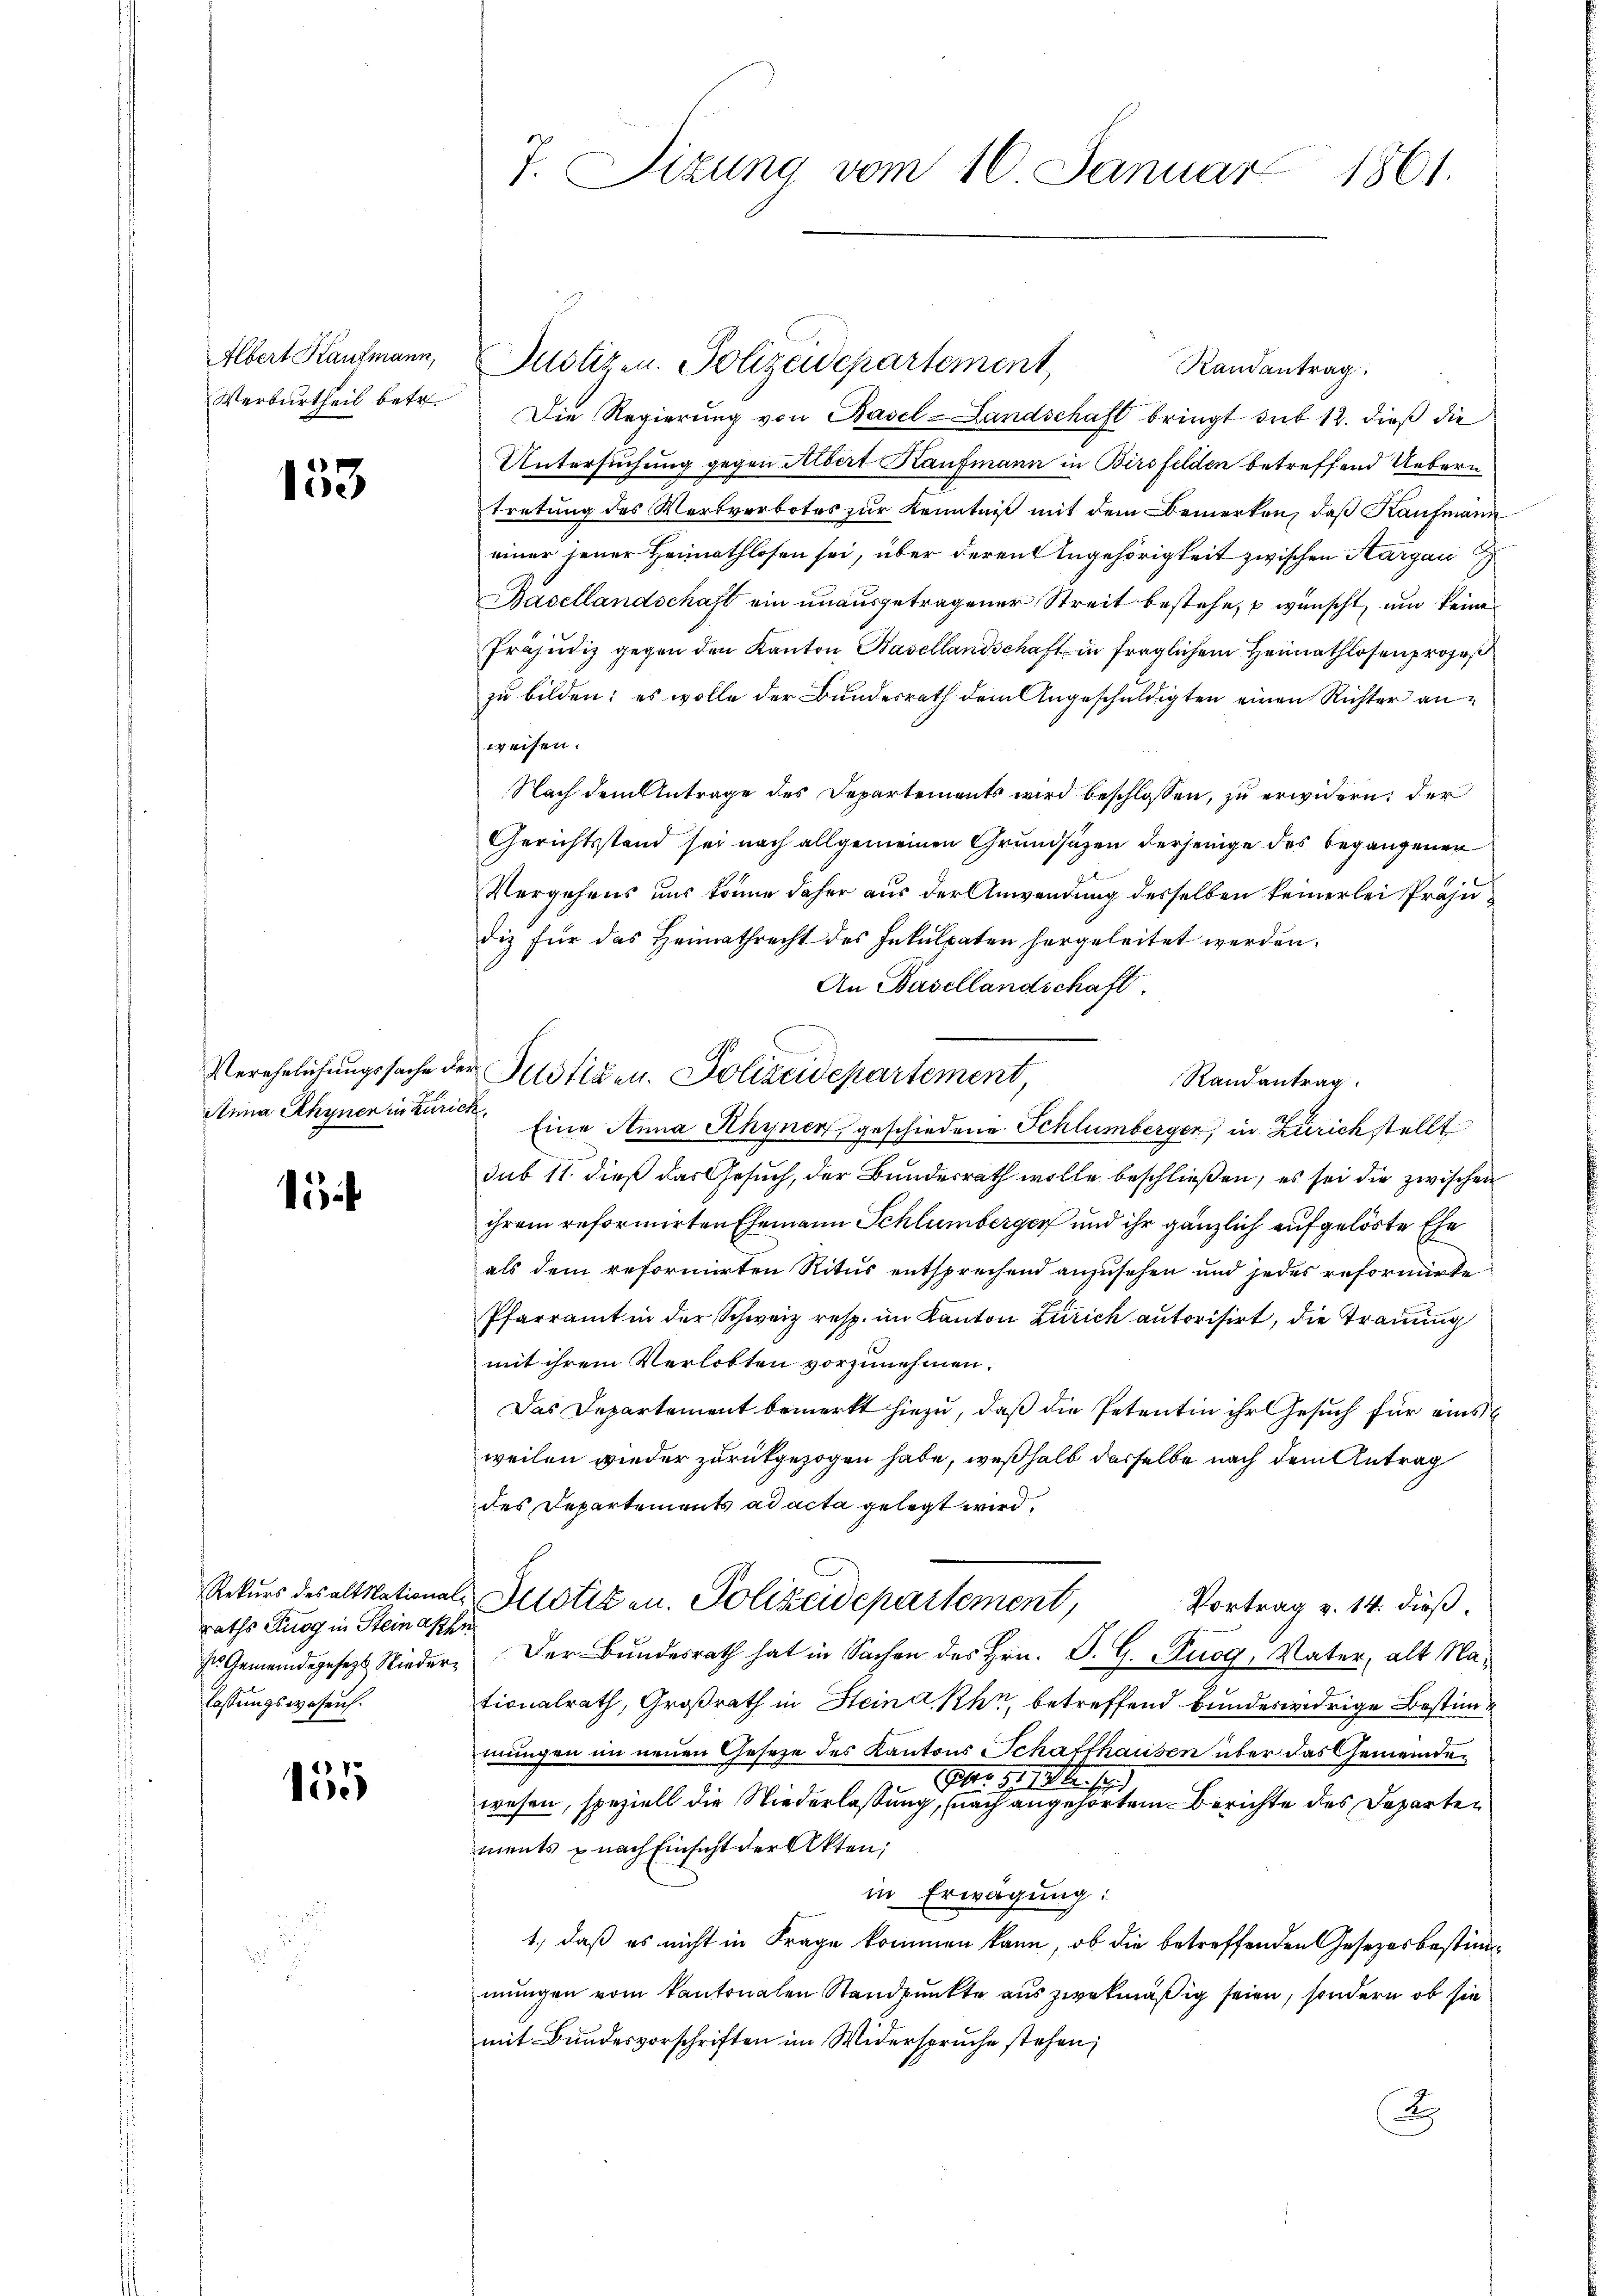
Albert Kaufmann,
Verurtheil betr.

153

Verehelichungssache de
Anna Rhyner in Kurie

15

raths Furg in Steinahen
sn Gemeindegesezt Niederlassungswesen.

155

7. Sizung vom 16. Januar 1861.

Justizen. Polizeidepartement
Randantrag.
Die Regierung von Basel-Landschaft bringt sub 12. dieß die
Untersuchung gegen Albert Kaufmann in Birsfelden betreffend Uebern
tretung des Wertverbotes zur Kenntniß mit dem Bemerken, daß Kaufmann
einer jener Heimathlosen sei, über derent Angehörigkeit zwischen Hargau
Basellandschaft ein unausgetragener Streit bestehe, u wünscht, und keine
Präjudiz gegen den Kanton Basellandschaft in fraglichem Heimathlosenprozeß
zu bilden: es wolle der Bundesrath dem Angeschuldigten einen Richter anweisen.
Nach dem Antrage des Departements wird beschlossen, zu erwidern, der
Gerichtsstand sei nach allgemeinen Grundsazen derjenige des begangenen
Vergehens uns könne daher aus der Anwendung desselben keinerlei Präju
diz für das Heimathrecht des Inkulpaten hergeleitet werden.
An Basellandschaft.
Randantrag.
sub 11. dieß das Gesuch, der Bundesrath wolle beschließen, es sei die zwischen
ihrem reformirten Ehemann Schlumberger und ihr gänzlich aufgelöste Ehe
als dem reformirten Ritus entsprechend anzusehen und jedes reformirte
Pfarramt in der Schweiz resp. im Kanton Zürich autorisirt, die Trauung
mit ihrem Verlobten vorzunehmen.
Das Departement bemerkt hiezu, daß die Petentin ihr Gesuch für eins
weilen wieder zurückgezogen habe, weßhalb desselbe nach dem Antrag
des Departements ad acta gelegt wird.
Rekurs des altrational-Potizen. Polizeidepartement,
Vortrag v. 14. dieß.
Der Bundesrath hat in Sachen des Hrn. P. G. Zug, Vater, alt Nationalrath, Großrath in Steina Khn, betreffend bunderwidrige Bestimmungen im neuen Gesetze des Kantons Schaffhausen über das Gemeinde¬
Aber die oben sind
wesen, speziell die Niederlassung, nach angehörtem Berichte des Departen
ments & nach Einsicht der Akten;
in Erwägung:
1.) daß es nicht in Frage kommen kann, ob die betreffenden Gesetzesbestimmungen vom Kantonalen Standpunkte aus zwekmäßig seien, sondern ob sie
mit Bundesvorschriften im Widerspruche stehen;
x

Justizen. Polizeidepartement

Eine Anna Rhyner geschiedene Schlümberger, in Zürich stellt